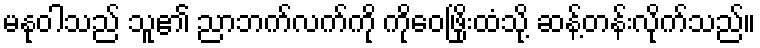
မနုဝါသည် သူ၏ ညာဘက်လက်ကို ကိုဝေဖြိုးထံသို့ ဆန့်တန်းလိုက်သည်။